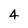
Character: 4